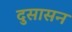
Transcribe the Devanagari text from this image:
दुसासन